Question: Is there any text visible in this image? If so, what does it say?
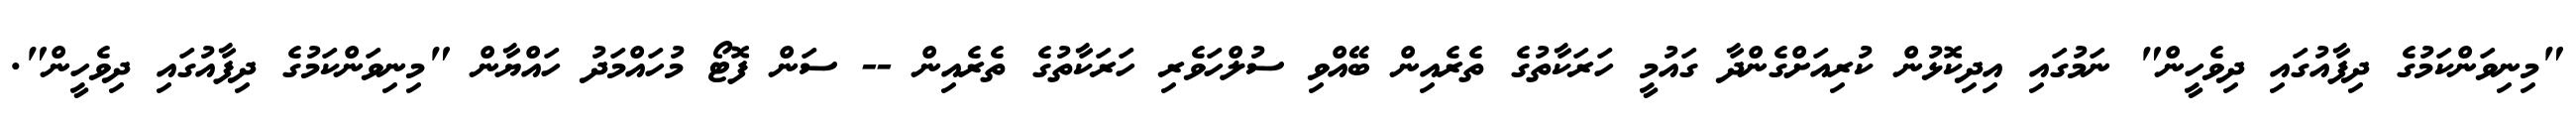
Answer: "މިނިވަންކަމުގެ ދިފާއުގައި ދިވެހީން" ނަމުގައި އިދިކޮޅުން ކުރިއަށްގެންދާ ގައުމީ ހަރަކާތުގެ ތެރެއިން ބޭއްވި ސުލްހަވެރި ހަރަކާތުގެ ތެރެއިން -- ސަން ފޮޓޯ މުހައްމަދު ހައްޔާން "މިނިވަންކަމުގެ ދިފާއުގައި ދިވެހީން".